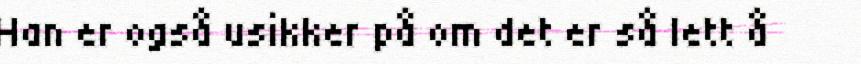
Han er også usikker på om det er så lett å